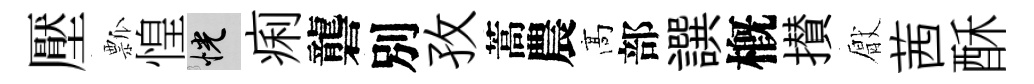
壓瓢惶恍痢礱別孜蒿農髙部譔槪攅厭茜酥